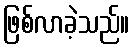
ဖြစ်လာခဲ့သည်။